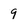
Character: 9